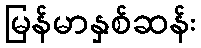
မြန်မာနှစ်ဆန်း